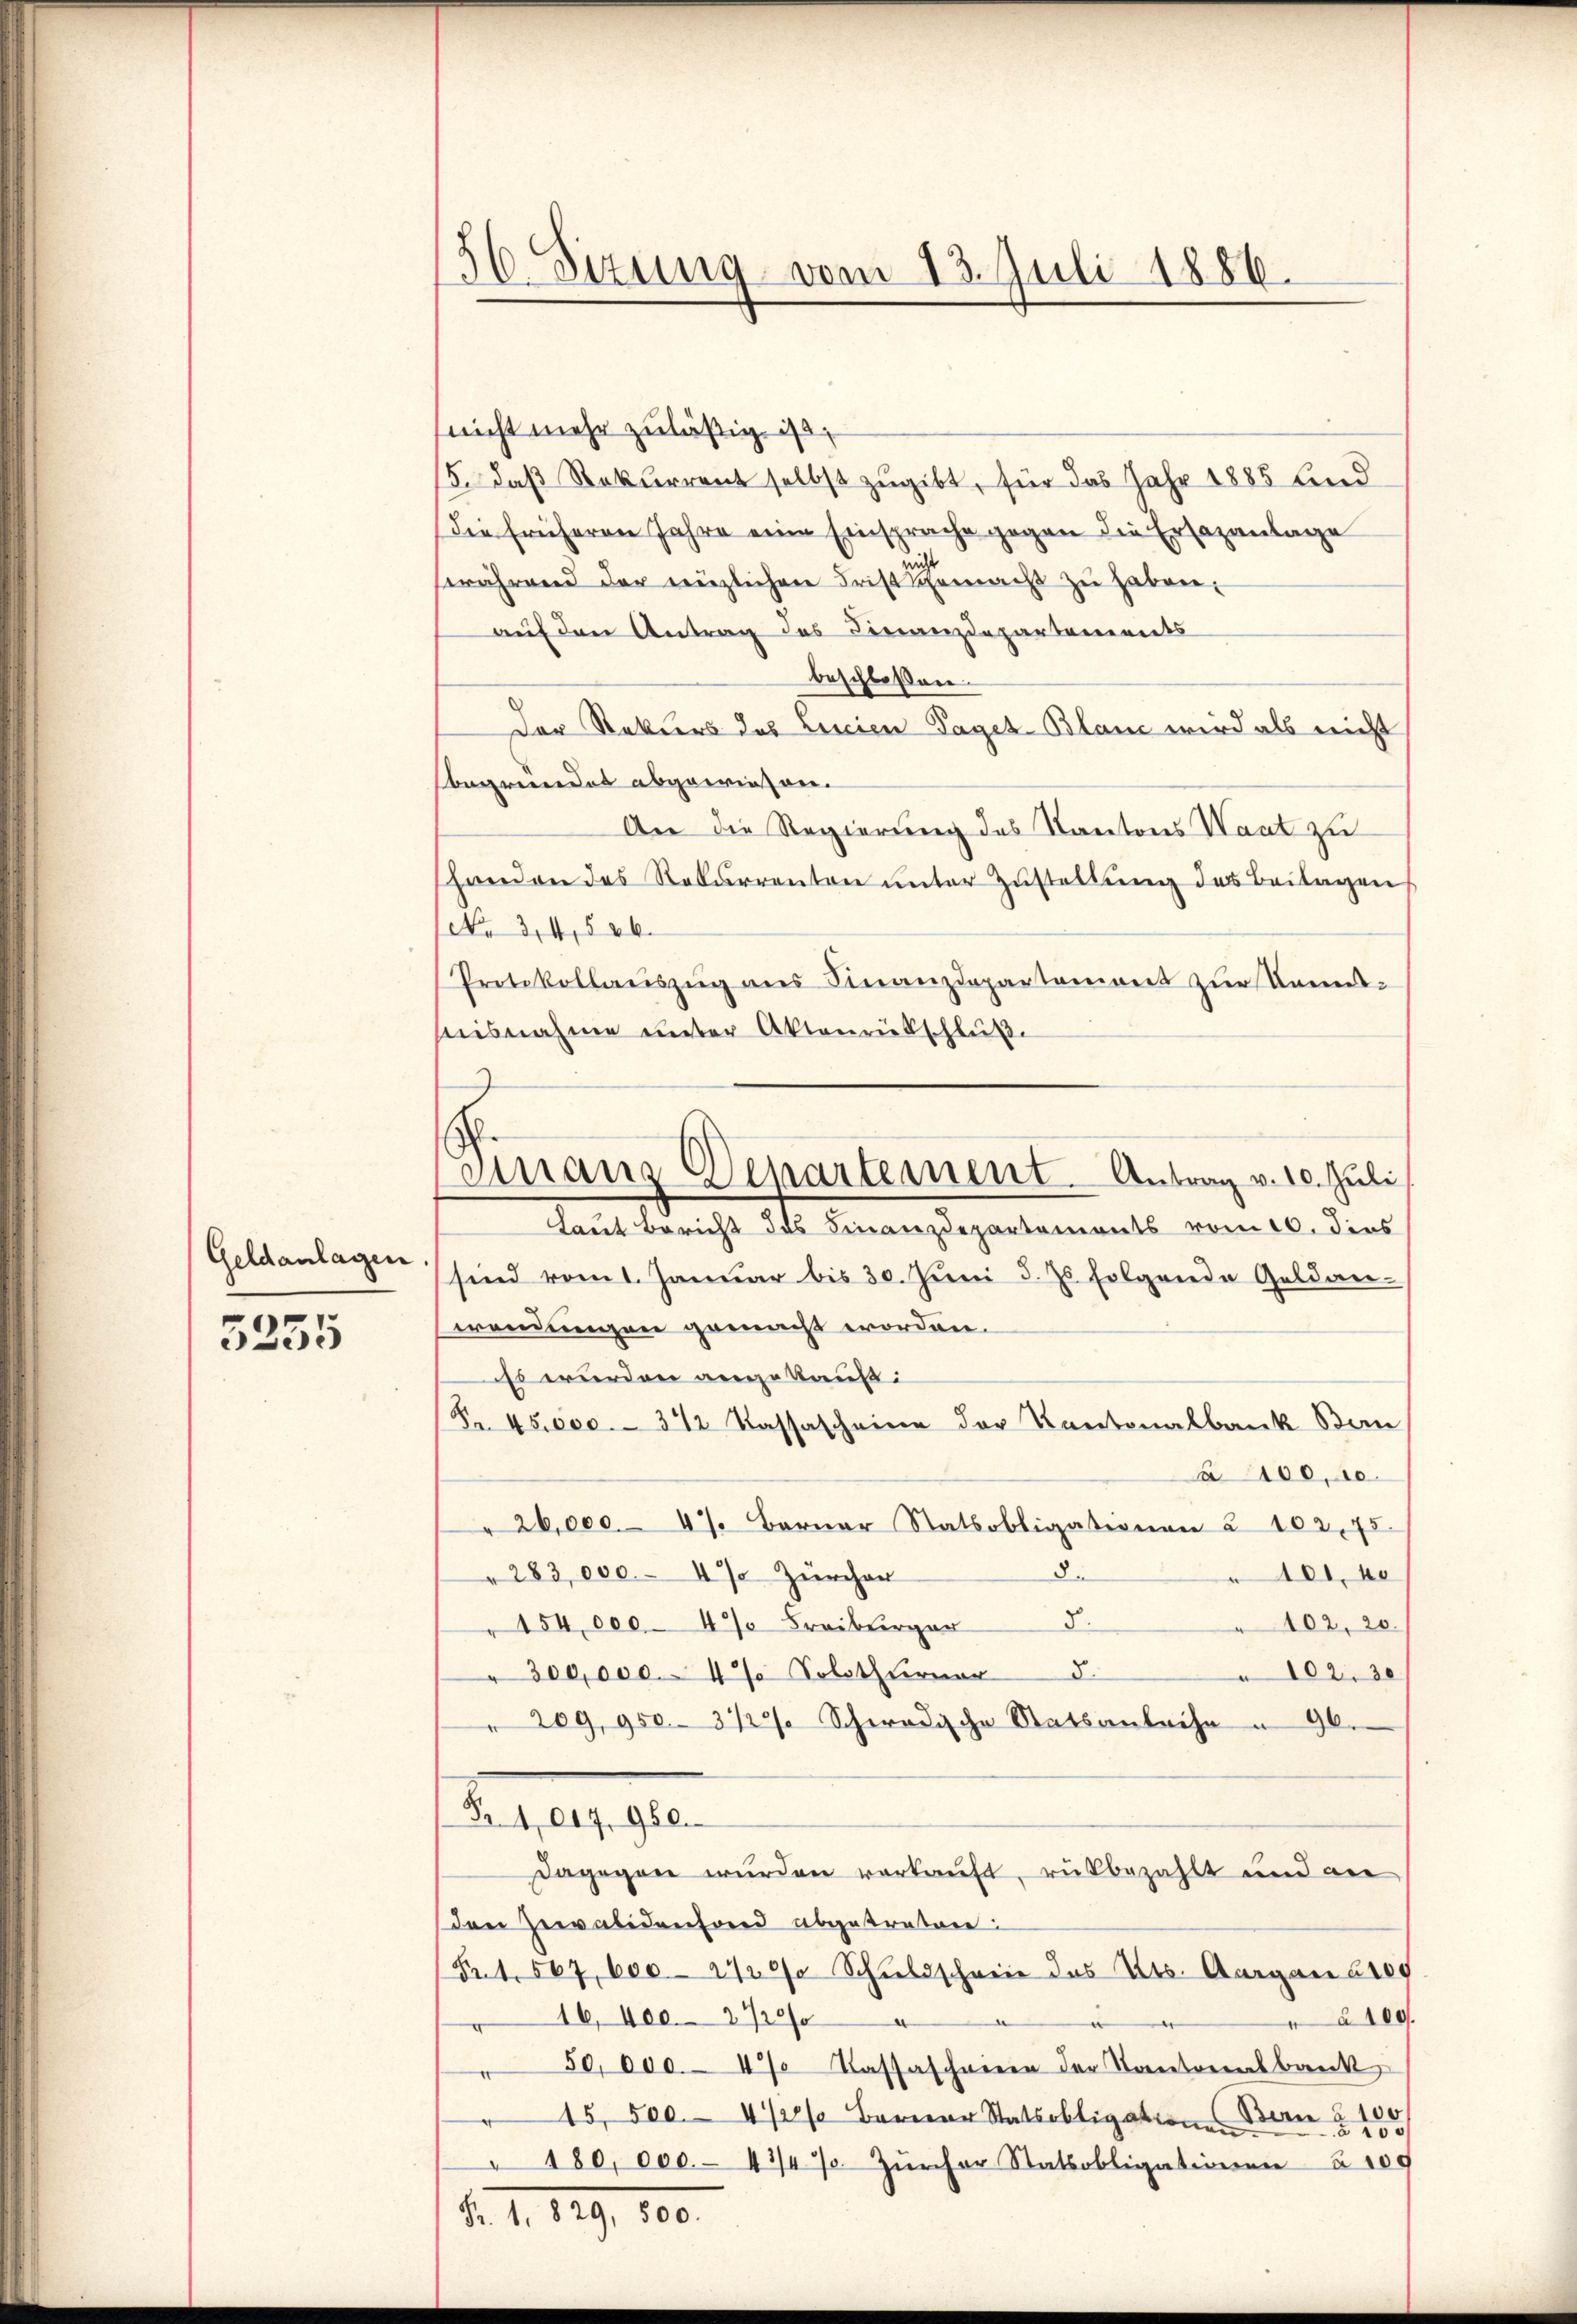
Geldanlagen
5255

56. Sizung vom 13. Juli 1886.

(nicht mehr zuläßig ist,
15. daß Rekurrent selbst zugibt, für das Jahr 1885 Lind
Die früheren Jahre eine Einsprache gegen die Ersazanlage
swährend der enzlichen Frist gemacht zŭ haben.
auf den Antrag des Finanzdepartements
beschloßen.
Der Retters des Lescien Tages-Blanc wird als nicht
begründet abgewiesen.
An die Regierung des Kantons Waat zu
shanden des Rekurrenten unter Zustellung des Beilagen
No 34. 586.
Protokollaŭszŭg ans Finanzdepartement zur Nament-
nisnahme unter Aktenrütschluße
Laut Bericht des Finanzdepartements vom 10. dies
sind vom 1. Januar bis 30. Juni d. Js. folgende Geldan-
wendungen gemäß worden.
Es wurden angekauft:
Fr. 45,000.- 3 1/2 Kassascheine der Kantonalbank Ban
100, 10.
" 26,000.- 47. Berner Statsobligationen u. 102. 75
8.
101, de
" 283,000.- 4% Zürcher
8.
102, 20.
154,000 - 4% Freiburger
8.
300,000.- 4% Soloth ferner
102. 20
" 209, 950.- 3 1/2% Schwadische Statsanleihe u 96.
Fr. 1017, 980.
dagegen wurden verkauft, rükbezahlt und an
den Zuvalidenfond abgetreter:
Frt. 567, 600. 21200 Schuldschreie des Kts. Aargau 2100
16, Nec. 272
e
50,000. 47 Cassascheinen der Kantonalbank,
15,500. 472% Berner Statsobligation Bern § 100
d
180,000.- 43/4% Zürcher Statsobligationen 100

emanz Departement. Antrag v. 10. Juli

Fr. 1. 829, 500.